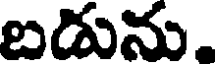
బడును.